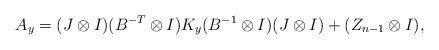
LaTeX: \begin{align*}A_y = (J \otimes I) (B^{-T} \otimes I) K_y (B^{-1} \otimes I) (J \otimes I) + (Z_{n-1} \otimes I),\end{align*}